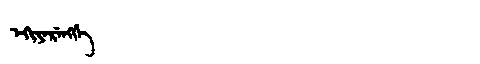
Manchu: ᡝᡴᡳᠶᡝᡵᡝᠩᡤᡝ
Romanization: EKIYERENGGE